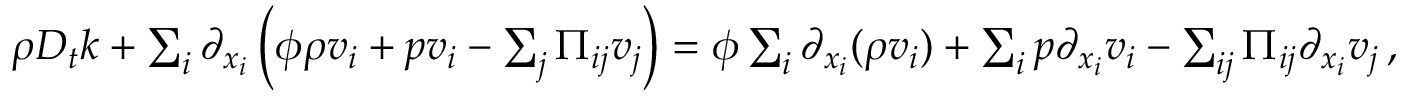
\begin{array} { r } { \rho D _ { t } k + \sum _ { i } \partial _ { x _ { i } } \left( \phi \rho v _ { i } + p v _ { i } - \sum _ { j } \Pi _ { i j } v _ { j } \right) = \phi \sum _ { i } \partial _ { x _ { i } } ( \rho v _ { i } ) + \sum _ { i } p \partial _ { x _ { i } } v _ { i } - \sum _ { i j } \Pi _ { i j } \partial _ { x _ { i } } v _ { j } \, , } \end{array}